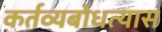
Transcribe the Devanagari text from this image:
कर्तव्यबोधत्यास